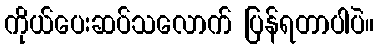
ကိုယ်ပေးဆပ်သလောက် ပြန်ရတာပါပဲ။